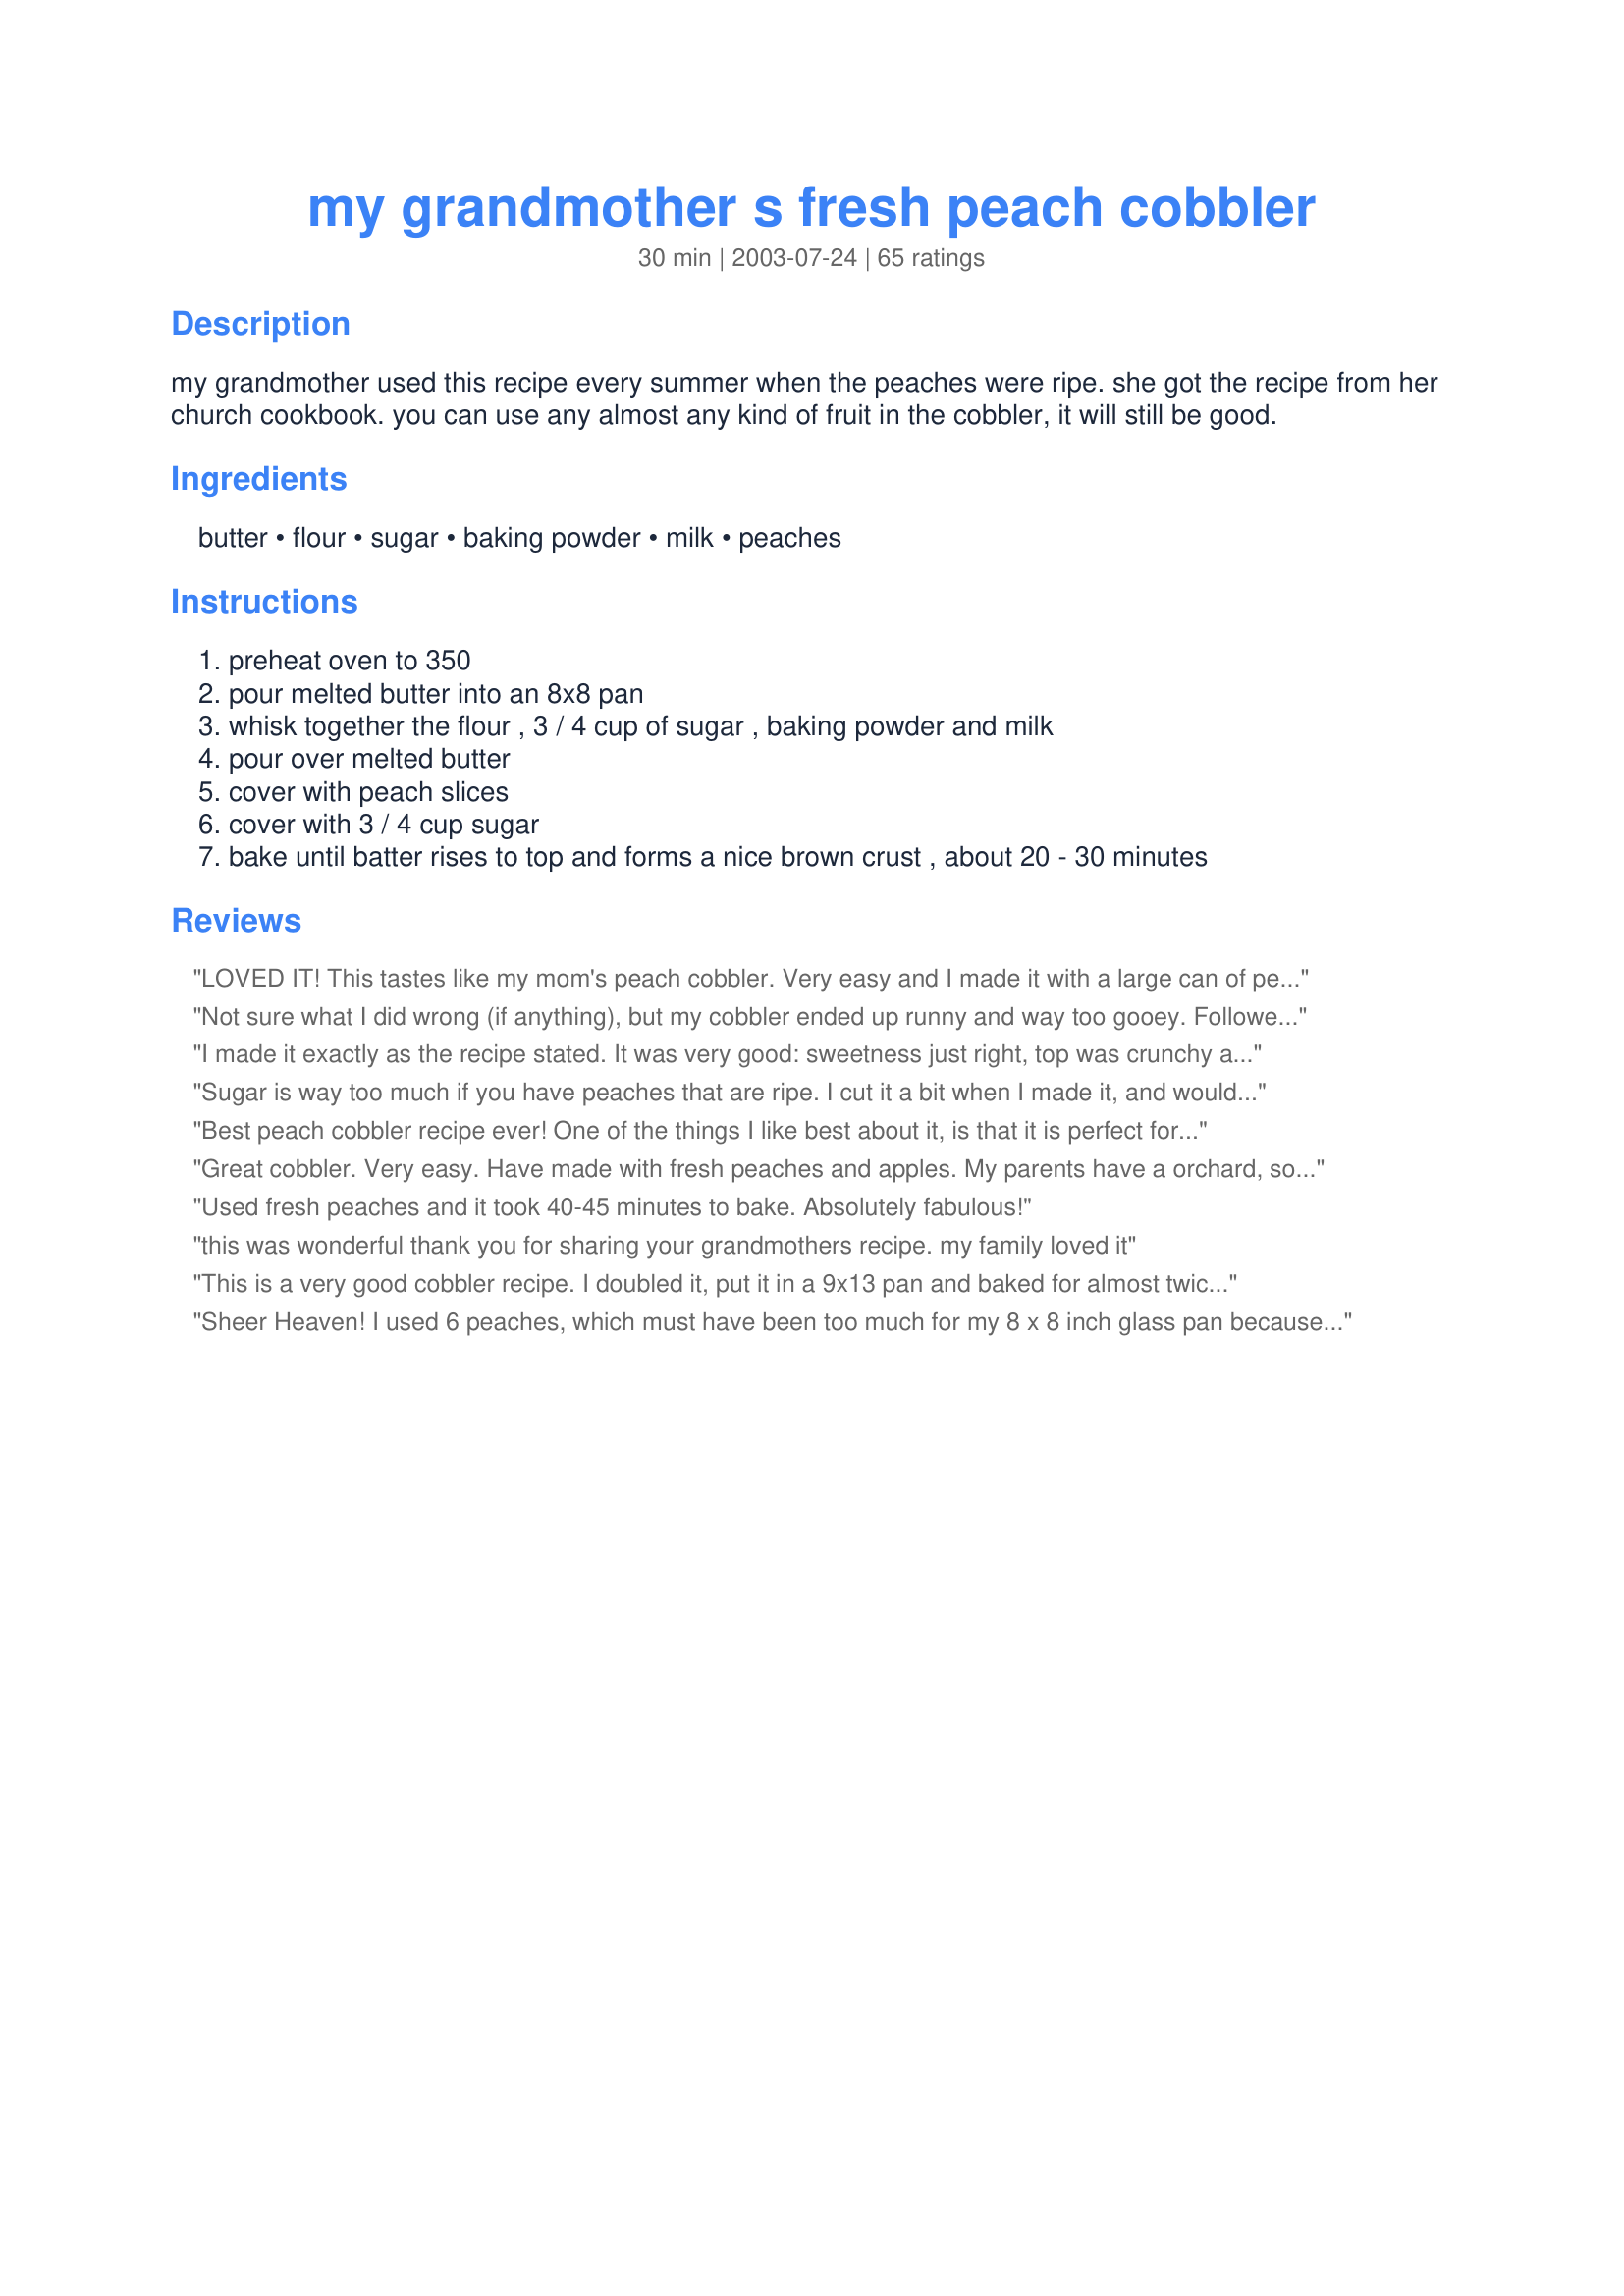
my grandmother s fresh peach cobbler
Preparation time: 30 minutes

my grandmother used this recipe every summer when the peaches were ripe. she got the recipe from her church cookbook. you can use any almost any kind of fruit in the cobbler, it will still be good.

Ingredients:
butter, flour, sugar, baking powder, milk, peaches

Steps:
preheat oven to 350
pour melted butter into an 8x8 pan
whisk together the flour , 3 / 4 cup of sugar , baking powder and milk
pour over melted butter
cover with peach slices
cover with 3 / 4 cup sugar
bake until batter rises to top and forms a nice brown crust , about 20 - 30 minutes

Reviews:
LOVED IT! This tastes like my mom's peach cobbler. Very easy and I made it with a large can of peaches minus the juice. It was also great with whole wheat pastry flour. Next time I will add a pinch of salt because I always use unsalted butter and I like the sweet and salty combo.
Not sure what I did wrong (if anything), but my cobbler ended up runny and way too gooey. Followed the recipe exactly as written and I baked it for 40 minutes. The top did brown, but the middle and center of this dessert was a runny mess. Maybe the peaches were too ripe and released too much juice? I cut the sugar in half and despite that it was sweet enough. Not sure I would make it again.
I made it exactly as the recipe stated. It was very good: sweetness just right, top was crunchy and chewy. Inside was like pie filling texture, not runny and not too thick and dry, just right. I had to bake it for 60 minutes at 350 to get it done and browned on top. I used 4 large fresh peaches and that was perfect, I wouldn’t use more than that. Several reviews mentioned there’s “something missing”. Salt, it needs salt. Add some to the dry ingredients before you add the milk to make the batter. 1/8-1/4 tsp should enough. I added a pinch and it wasn’t enough. My peaches were fresh and very tasty, from the orchard, not from the grocery. Grocery store (fresh), frozen or canned peaches will not be as good as fresh from the orchard and will alter the texture, bake time, taste and sweetness.
Sugar is way too much if you have peaches that are ripe. I cut it a bit when I made it, and would cut it at least by half next time. Also added a sprinkle of cinnamon. The dough never rose to cover all of the peaches for me, just the outer half, so this looked very strange. Tasted sweet but acceptable- IMO not good for taking somewhere with the strange look of dough under peaches. If I made it again I'd cut the sugar by way more than half and put most of the topping on top of the peaches, rather than under... though more than likely I'll just find a new recipe.
Best peach cobbler recipe ever! One of the things I like best about it, is that it is perfect for 2-4 people. I made it as instructed the first time, but only used about 1 tbsp of sugar to top it. LOVED IT! The second time I made it, I tweaked it slightly. You can see my comments in the &quot;tweaks&quot; section.
Great cobbler. Very easy. Have made with fresh peaches and apples. My parents have a orchard, so I have an endless supply. I did have to bake about 20 mins. longer than suggested. Thanks!
Used fresh peaches and it took 40-45 minutes to bake. Absolutely fabulous!
this was wonderful thank you for sharing your grandmothers recipe. my family loved it
This is a very good cobbler recipe. I doubled it, put it in a 9x13 pan and baked for almost twice as long as the recipe calls for, and it turned out very well. It is missing something, though. I added cinnamon and nutmeg but I think I will add even more next time, and I think I might add a little lime juice to the peaches to give them some tartness. It just needs a little zing. Otherwise, I would definitely give it five stars. It is NOT overly sweet as one reviewer suggested. It is just right and has a nice texture.
Sheer Heaven! I used 6 peaches, which must have been too much for my 8 x 8 inch glass pan because my cobbler made a mess over-flowing in my oven. But this cobbler tastes so incredible, I don't even mind the clean-up! I do suggest however, those using 6 peaches either use a slightly larger baking pan or else use a drip pan under your cobbler to catch those drips ;) Thank you so much for sharing your grandmother's recipe, Elmolvsu! She really knew her cobbler!
This recipe will be one to keep for the books!! Since its peach mania at the local market and grocers... this is the recipe I used step by step yet added my own ideas. I altered it by using a 9&quot;x13&quot; baking dish and instead of butter I used margarine. After slicing the peaches and put into separate bowl, I added 3 Tbsp of lemon juice, 1/8 of ginger, 1/8 of allspice, 1/8 of cinnamon and thoroughly mixed well. When wisking all dry ingredients together, I used brown sugar rather than white and also added in a 1/2 cup of large oats. Then added between 1 -1 1/2 cups of milk (not too dry or wet). For the sixth step, I again used brown sugar and only drizzled over top. Bake for 40 to 50 minutes. If anyone decides to bake this, let me know what you think :*
WOW! Was this delicious or what!?!?! Oh my! Very simple to make and everyone loves it! We wish we could give it more stars!I used the extra peach juice as the previous reviewer did and that turned out great! Thanks!
turned out well, with a few adjustments.
WOw!! I must say this is a VERY delicious recipe. As I was making it I thought that I must have done something wrong because it was so moist. I decided to trust it... and fell in love after the first bite, it was absolutely perfect. I can honestly say say, I've never had better. It's also very good made with apples.
Made this today, used splenda sweetened peaches and splenda for baking in place of sugar in the batter . Added 1/4 teaspoon cinnamon.. Sprinkled a little sugar on top, baked 55 minutes..

This is excellant. Thanks elmolvsu for the recipe.
This cobbler is de-licious and so easy! I used 5 fresh peaches. I couldn't throw out the juice in the bottom of the bowl after peeling and slicing them, so I poured that over the top before the final sprinking of sugar. It was so good! The crust was beautifully golden brown and perfect. Just the right amount of sweetness. Thanks so much for this recipe. I've already passed it on!
This does sound very easy but it does sound very sweet also, if you were to use canned peaches, would rinsing and using the called for amount of sugar work. I haven't tried this yet.
I tried this recipe because I had a bunch of fresh peaches and was having a birthday party. Decided to make peach cobbler rather than cake. I doubled the batch and baked it in an oversized pan. The only change I made was to add cinnamon to the sugar you pour on top of the peaches. Everyone LOVED it. I would give it 6 stars if it was allowed. Great Recipe......I will be making it again!
I haven't tasted it yet - still waiting after 45 minutes for it to brown on top :-(.
This is a delicious cobbler. The problem with this recipe is the baking time. It needs to bake 50 - 60 minutes at 350. The baking time in the recipe is simply not enough. Tweak: I added one teaspoon of cinnamon to the sugar used for the topping, but it would be good without it.
if i use self rising flour do i need baking powder
I've made this recipe both with fresh peaches and with a can of cherry pie filling. SO simple and delicious, will make often! I did reduce the sugar somewhat at the advice of other reviews. Thanks so much!!
This was very easy, & delicious! I bookmarked and will make it again. I did cut the sugar just a tiny bit b/c my peaches are especially sweet by themselves this year. I also sprinkled a little cinnamon both in the milk mixture and on top just before baking. My oven took about 40 minutes.
Very good peach cobbler the sweetness if perfect. I did add cinnamon over the batter and it gave it a good taste. Thanks
Used fresh peaches. Took 55 minutes to cook. After 35 min it was still runny inside but somewhat golden on top. We only used 1/2 cup sugar on top. I still thought it was very sweet. My husband ate his w vanilla bean ice cream and thought it could use more sugar. So I guess it&#039;s all in how ya eat it and personal taste.
Perfect recipe! Easiest and the best tasting, don't change a thang!
I had to try another recipe from Elmolvsu's grandmother, and it's a winner as well. So easy and so tasty. Simplicity at its best.
My husband never cooks anything. He made this and it turned out wonderful. The kids raced each other in from school when they came home from school the next day to get to it. It was wonderful. We doubled it because we have a huge family but it turned out great!
I made this recipe today, and it was our special Independence Day celebration! DH had had dental surgery earlier this week and couldn't eat anything that required much chewing. So our usual barbecued "something" got set aside. But this wonderful cobbler made the day feel like a true holiday! I did add some freshly grated nutmeg to the flour mixture, and although it didn't change things much, I think it was a nice addition. I bought some peaches at a farm market, and was surprised to find that the peaches were white. They sort of mushed up, but it didn't matter. It was absolutely delicious! Summer holiday fun, to be sure!
I liked that you could incorporate so many peaches into the recipe.It was extremly easy to cook, however it was really too sweet
This cobbler was pretty good, but I think less butter would have worked better. It took about an hour for mine to cook at 350F. Even then the middle remained a little too mushy. Tasted good anyway though! Next time I try it I'll add less butter and see if it helps the consistancy.
Way too much sugar and I had to double the cooking time. It seems to me there is something wrong with the recipe.
This was a wonderful recipe and so easy. I added some cinnamon to the top before baking. So many compliments on this. Thanks for sharing!
This was delicious! I used Splenda in the crust and just 1/2 c of sugar on top and it was plenty sweet. I also used closer to 10 peaches topped with cinnamon because we love peaches. Thanks!
Added a splash of vanilla to the flour mixture, and cinnamon to the peaches. Though it was on the sweet side (I&#039;ll do a mix of splenda and sugar next time) the recipe was delicious. I also used 5 medium peaches and an 8x10 pan which was the perfect size.
I used 6 small peaches, added cinnamon and 1/2 cup sugar in the batter as well as the topping. It was plenty sweet and baked up fine. It took 30 minutes in my oven. We really enjoyed this cobbler and will make again. Thanks for sharing.
I should have realized from reading the recipe, but this turned out more like peach cake instead of peach cobbler. Also, it would be helpful if people who change up a recipe don't rate it 5 stars because those of us looking for a good recipe get mislead. Frustrating to pull up a recipe rated so highly and then later read the comments where nearly no one made it as written.
Holy sugar Batman! This was very sweet. If I made this again, I would cut the sugar in half. I used home-canned peaches in the cobbler, and it took me double the time to bake it. I think it would have been great if it weren't so sweet. We may or may not try this again. Thanks Giggle Box!
This was absolutely delicious! I actually used a can of lite peaches, drained. I also didn't put the sugar on top and it was still sweet enough for me. The batter cooked up nice and moist in the middle with a yummy crunchy top. Thanks for a great recipe.
Great cobbler! I used fresh peaches and nectarines. Maybe they were excessively juicy, but I found that I had to almost double the baking time to get the center to set. This recipe definitely goes on my "make again" list.
This was scrumptious! I added a teaspoon of cinnamon and used brown sugar on top instead of white. I'll definitely make this again! I can't wait to try it with other fruits. The second time I made it I used whole wheat flour and cut back on the butter and sugar a little and we liked it even better. ï¿½ Sep 12, 2005

Edited to add that I tried this with a combination of nectarines and blueberries with excellent results. I used about 1/2 cup of granulated sugar in the batter, and maybe another 1/2 cup of brown sugar for the topping and found it plenty sweet. I also put a little vanilla in the batter.

Edited because I realized I hadn't given it any stars!
I just made this and my family loved it! I did change a few things I used 4 lg peaches, and added about a tbsp of fresh lemon juice. I also used only a 1/2 cup of sugar in batter, and used a 1/2 cup of brown sugar over the top. I did spinkle a 1/4 cup of white chocolates I had leftover I thought it added a nice touch.
Very good!!!! It was so easy to make and tasted wonderful! I agree it would be very good with other fruit. This one is a keeper!
Made mine in a glass baking dish and had to cook 40 min. Turned out great though!
Used canned peaches with half syrup and used half the sugar. Added 25-45 minutes (turned oven off at 25 min left then left in for about 20 more min) turned out just fine.
Great Recipe, everyone loved it. I did lower the sugar on the peaches to 1/2 cup and it was perfect. Cook time was a bit off at altitude (4000 ft). I cooked it for 35-45 min. If doubling the recipe, a 9x13 works great, adjust cook time to 45-50 min.
EXCELLENT! I just made this, served it warm, it was wonderful and easy too! 
I did add some cinnamon and had to bake for about 40 minutes.
Got new oven pressure oven
So my first baking was the peach
Cobbler.looks just like picture .its to hot eat. Hope it taste as good
As it looks. Juanita
I used peaches that were very firm, not fully ripe, otherwise followed the recipe. It was easy to make and delicious. I would not change anything other than maybe adding some favorite spice if you wish.
Delightful peach cobbler! I did have to bake it 1 hour. I took this over to my neighbors, and they wanted the recipe. Next time I will try apples!
Wow grandma liked it sweet! Will make again with only one third the sugar .
I have yet to try it, because I brought it to a potluck (and had to have choc cheesecake), but I got rave reviews for this cobbler! What's best is that although I'm originally from Chicago and now live in Alberta, a "southern gent" from North Carolina told me this was the best peach cobbler he'd ever had! Woo-hoo! Thankfully there is a tiny bit left, so I know what I'm having for breakfast tomorrow! Oh, I doubled the recipe but oops, put it in a 9x13, which wasn't quite big enough; it all spilled over in my oven, but it's ok . . .the smell was just yummalicious. Took longer to bake too, this way--about 45 min.
If you live at a high altitude, you will need to bake this for 40-45 minutes! This recipe looks good, but haven't tasted it yet. Just made it for tonight's dessert. I did add some cinnamon to the mix and topping.
I think I added too many peaches or did something else wrong! The dough never came up over the top and it was very mushy and liquid like underneath. I gave it extra cooking time but it didn't help. I also should mention that I used light cream instead of the milk so I don't know if that changed anything much. Maybe with less peaches!
Had to double the batter. The original batter barely covered my 8&times;8 inch pan. A little too oily with the all the melted butter &amp; a little too sweet. Not saying this was a terrible recipe but not the best either. BTW, I mixed fresh blackberries in with the peaches for variety
Best cobbler I&#039;ve tried so far. I cut the sugar in half and I believe it ask for all that sugar because it makes
It was easy to make and tastes good, but the ingredients to make the crust on top never surfaced. They stayed on the bottom with the peaches on top.
This really tasted fabulous and my entire family liked it. I added 1/4 tsp each of cinnamon and ginger to the final sugar as per other reviews. I think it needed to cook longer. It wasn't at all cakey. After 30 mins it came out gooey and delicious.
This was awful. It did t even smell good while baking. It tasted like nothing but sugar. Totally awful!
Oh my...call us gluttons, if you will. I decided to make this as a treat during a visit from our son, so with only 3 of us, I expected to have some left-over for lunch the next day. Not! Since peaches are out of season, I used peaches we froze last fall so it took a little longer to bake, but the extra wait was worth. You should have seen the enjoyment on my son's face throughout every bite! This will definitely be a keeper in my recipe collection; in fact, I'm thinking I'll pop another one in the oven this evening! Thank you for sharing with us Elmo!
I had some fresh peaches and wanted to try a new cobbler recipe. This one definitely delivers. It was so delicious. My daughter said it was the best she ever had and my husband who doesn&#039;t like peach cobbler tried it, loved it and said it tasted just like he remembered his grandma&#039;s tasting. I will definitely be making this one again and probably change up the fruit with what&#039;s in season. Thank you!!!
Since the death of my grandmother, I have been searching for a cobbler recipe that tasted similar to her cobblers. My 34 year search has come to an end and I thank you so much. Bless you!
Very sweet, used fresh peaches. Needed 60 minutes not 30 to brown on top!
Great recipe. I made a few changes, personal tastes. I reduced the sugar on the top to 1/2 cup which was both white and brown sugar. I also sprinkled cinnamon and pumpkin pie spice on top before baking. A great dessert and probably breakfast too! Thanks Elmolvsu.
